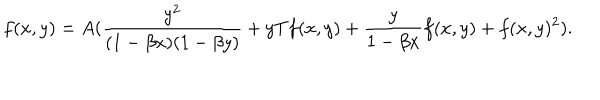
f ( x , y ) = A ( \frac { y ^ { 2 } } { ( 1 - \beta x ) ( 1 - \beta y ) } + y T f ( x , y ) + \frac { y } { 1 - \beta x } f ( x , y ) + f ( x , y ) ^ { 2 } ) .